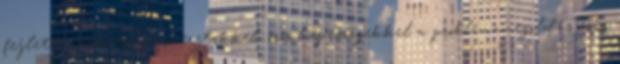
fejlett marketing ismeretekkel, erős képességekkel a problémamegoldás és a